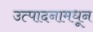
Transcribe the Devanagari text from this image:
उत्पादनामधून